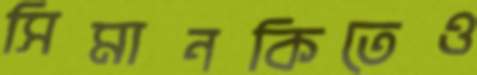
সিমানকিতেও